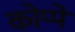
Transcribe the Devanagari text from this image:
कोप्पे